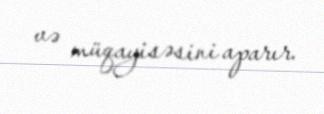
və müqayisəsini aparır.